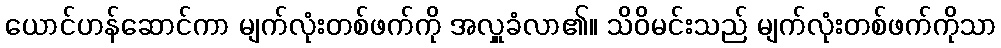
ယောင်ဟန်ဆောင်ကာ မျက်လုံးတစ်ဖက်ကို အလှူခံလာ၏။ သိဝိမင်းသည် မျက်လုံးတစ်ဖက်ကိုသာ